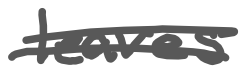
Text: leaves
Cross-out: double-line
Writing tool: digital_gray